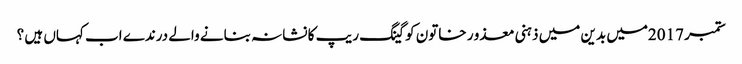
ستمبر 2017میں بدین میں ذہنی معذو ر خاتون کو گینگ ریپ کا نشانہ بنانے والے درندے اب کہاں ہیں ؟